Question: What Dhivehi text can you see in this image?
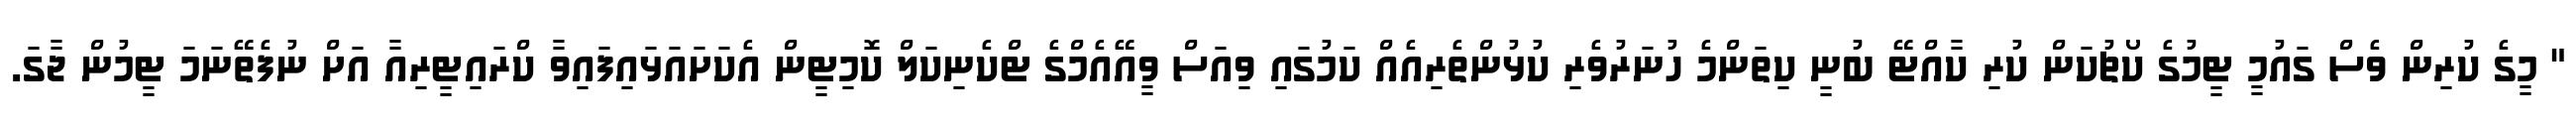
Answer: " މީގެ ކުރިން ވެސް ގައުމީ ޓީމުގެ ކޯޗުކަން ކުރި ކާއްޓޭ ބުނީ ކިތަންމެ ހުނަރުވެރި ކުޅުންތެރިއެއް ކަމުގައި ވިއަސް ވީއޭއެމްގެ ޓްކެނިކަލް ކޮމިޓީން އެކަށައަޅައިފައިވާ ކްރައިޓީރިއާ އަށް ނުފެތޭނަމަ ޓީމުން ޖާގަ.